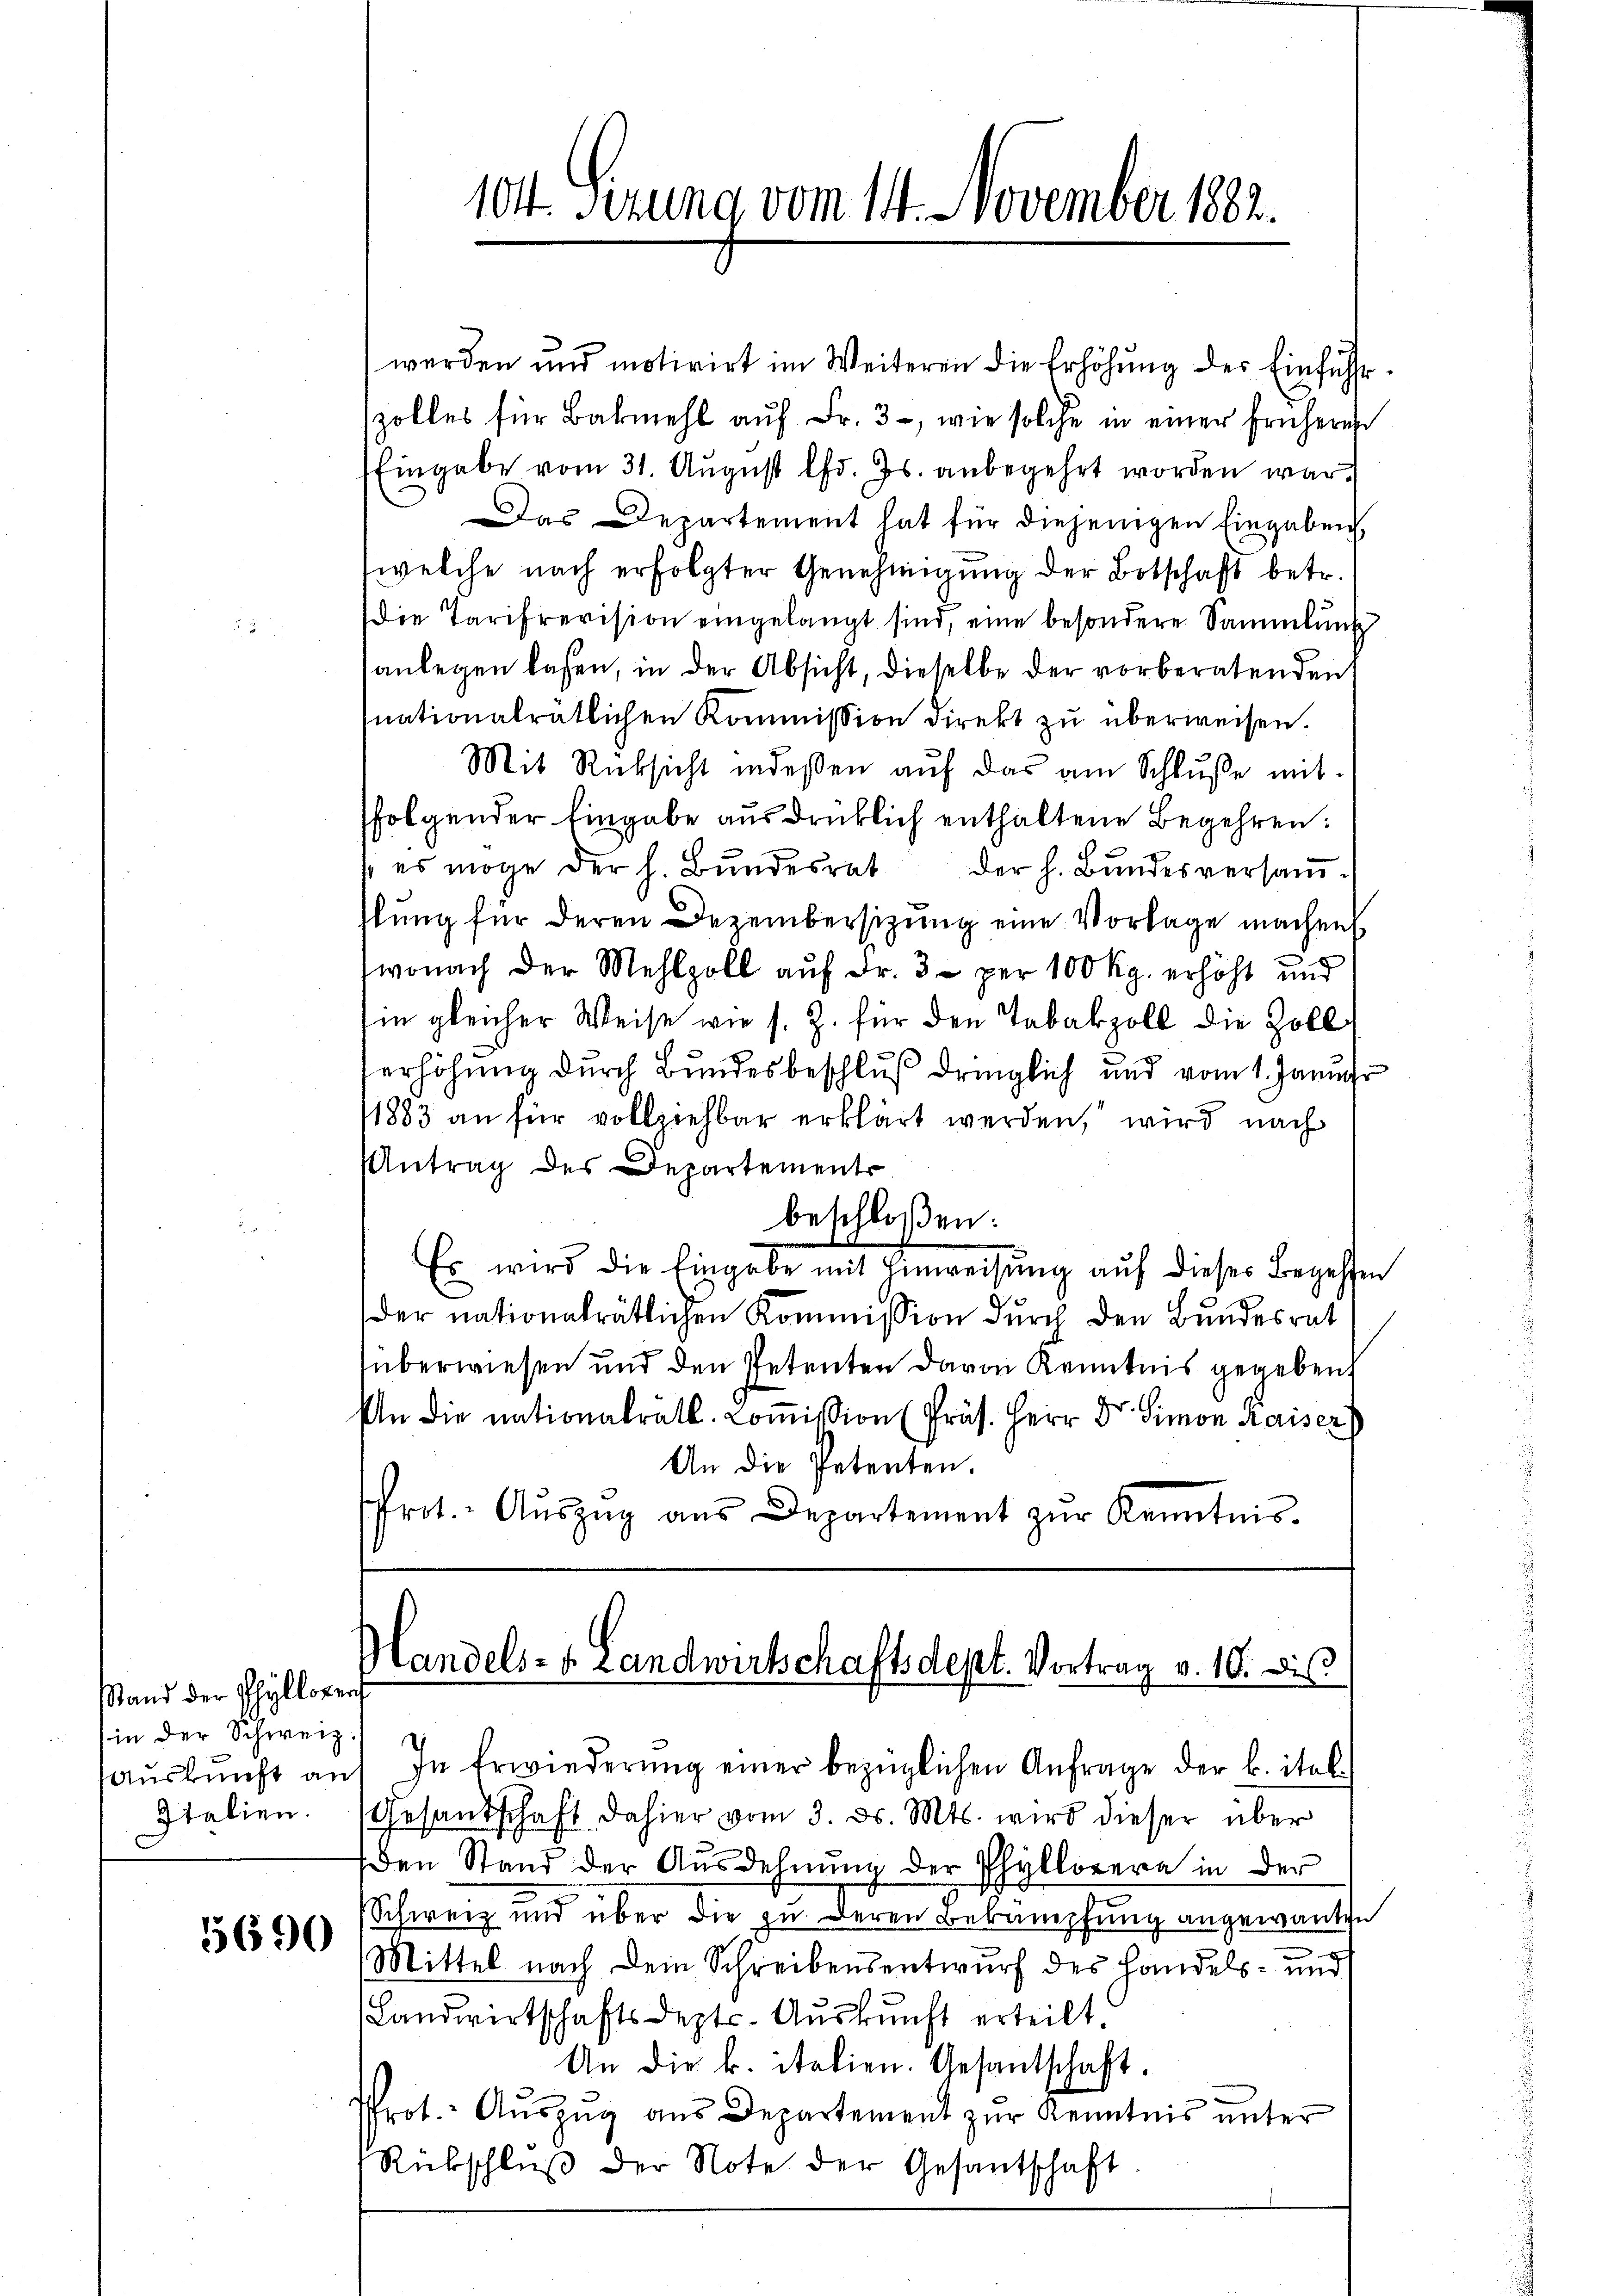
Stand der Phyllorent
in der Schweiz
Auskunft an
Italien.

5690

werden und motivirt im Weiteren die Erhöhŭng der Einführszolles für Bakmehl aŭf Fr. 3, wie solche in einer früheres
Eingabe vom 31. August lfd. Js. anbegehrt worden war.
as Departement hat für diejenigen Eingaben,
(welche nach erfolgter Genehmigŭng der Botschaft betr.
Die Tarifrevision eingelangt sind, eine besondere Sammlung
anlegen lassen, in der Absicht, dieselbe der vorberatenden
nationalrätlichen Kommission direkt zu überweisen.
Mit Rücksicht indeßen aŭf das am Schlŭsse mit
folgender Eingabe ausdrücklich enthaltene Begehren:
 es möge der h. Bŭndesrat der h. Bŭndesversaṁ
slung für deren Dezembersitzung eine Vorlage machen
wonach der Mehlzoll auf Fr. 3. per 100 Kg. erhöht und
in gleicher Weise wie s. Z. für den Tabakzoll die Zoll
erhöhung durch Bundesbeschluß dringlich und vom 1. Januar
1883 an für vollziehbar erklärt werden, wird nach
Antrag des Departements
beschloßen:
Es wird die Eingabe mit Einweisŭng auf dieser Begessen
der nationalrätlichen Kommission durch den Bundesrat
überwiesen und den Petenten davon Kenntnis gegeben
An die nationalrätl. Coṁission (Präs. Herr Dr. Simon Kaiser
An die Petenten.
frot. Aŭszŭg aŭs Departement zŭr Kenntnis-

104. Sizung vom 14. November 1882.

Handels- u. Landwirtschaftsdept. Vortrag v. 10. Dis

In Erwiederung einer bezüglichen Anfrage der k. ital.
Gesandschaft dahier vom 3. d. Mts. wird dieser über
den Stand der Ausdehnung der Phyllorera in der
Schweiz und über die zu deren Bekämpfung angewanten
Mittel nach Dein Schreibensentwurf des Handels- und
Landwirtschaftsdepts. Auskunft erteilt.
An die k. italien. Gesandschaft.
Prot. Aŭszŭg aŭs Departement zŭr Kenntnis ŭnter
Rückschlŭβ der Note der Gesantschaft